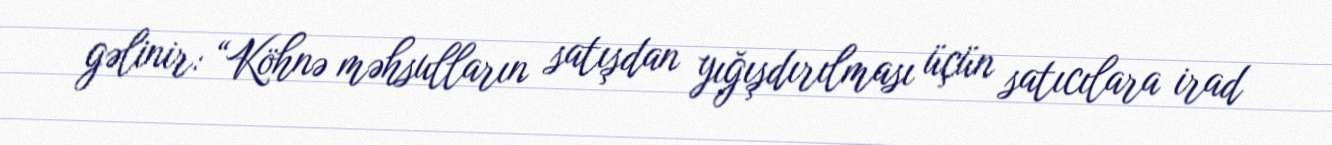
gəlinir: “Köhnə məhsulların satışdan yığışdırılması üçün satıcılara irad